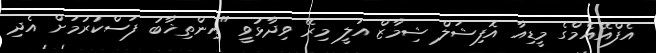
އެފްއޭއެމްގެ މީޑިއާ އޮފިޝަލް ޝިމާޒް އަލީ މިރޭ ވިދާޅުވީ "އިންތިޚާބު ފަސްކުރުމަށް އެދި